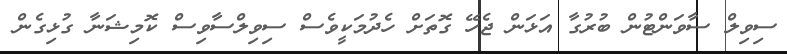
ސިވިލް ސާވަންޓުން ބުރުގާ އަޅަން ޖެހޭ ގޮތަށް ހެދުމަކީވެސް ސިވިލްސާވިސް ކޮމިޝަނާ ގުޅިގެން